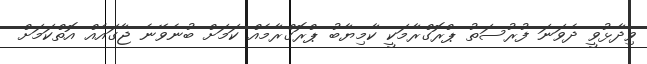
ވިދާޅުވީ ދެވަނަ ފުރުސަތު ޕްރޮގްރާމަކީ ކާމިޔާބު ޕްރޮގްރާމެއް ކަމަށް ބުނެވޭނެ ޖާގައެއް އޮތްކަމަށް